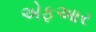
એફઆર